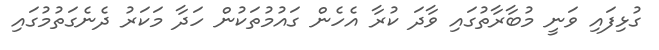
ގުޅިފައި ވަނީ މުބާރާތުގައި ވާދަ ކުރާ އެހެން ގައުމުތަކުން ހަދާ މަކަރު ދެނެގަތުމުގައި